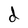
Character: d